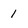
Character: 1